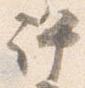
許